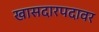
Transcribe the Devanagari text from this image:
खासदारपदावर